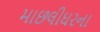
માછલીઘરના